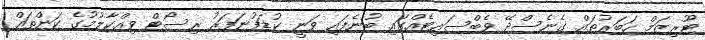
ޓޫރިޒަމް ހަބަރުތައް ގެނެސްދޭ ވެބްސައިޓެއްގައި ބުނެފައި ވަނީ ކުޑަފުނަފަރު ރިސޯޓް ވިއްކާލުމުގެ ކަންތައް